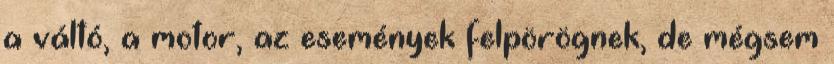
a váltó, a motor, az események felpörögnek, de mégsem